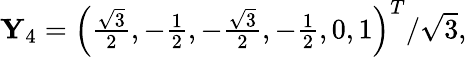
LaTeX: \begin{array}{r}{\mathbf{Y}_{4}=\left(\frac{\sqrt{3}}{2},-\frac{1}{2},-\frac{\sqrt{3}}{2},-\frac{1}{2},0,1\right)^{T}/\sqrt{3},}\end{array}